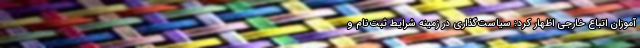
آموزان اتباع خارجی اظهار کرد: سیاست‌گذاری در زمینه شرایط ثبت‌نام و